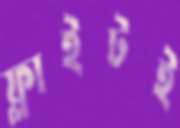
ফ্লাইটই